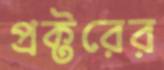
প্রক্টরের